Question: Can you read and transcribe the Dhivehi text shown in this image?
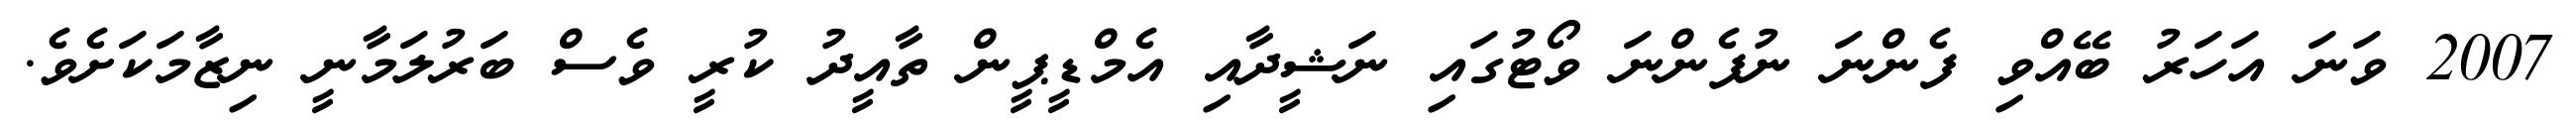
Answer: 2007 ވަނަ އަހަރު ބޭއްވި ފެންނަ ނުފެންނަ ވޯޓުގައި ނަޝީދާއި އެމްޑީޕީން ތާއީދު ކުރީ ވެސް ބަރުލަމާނީ ނިޒާމަކަށެވެ.